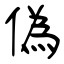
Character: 偽